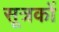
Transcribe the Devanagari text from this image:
सूत्रकों